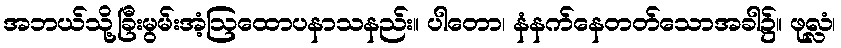
အဘယ်သို့ခြီးမွမ်းအံ့ဩထောပနာသနည်း။ ပါတော၊ နံနက်နေတတ်သောအခါ၌။ ဖုလ္လံ၊